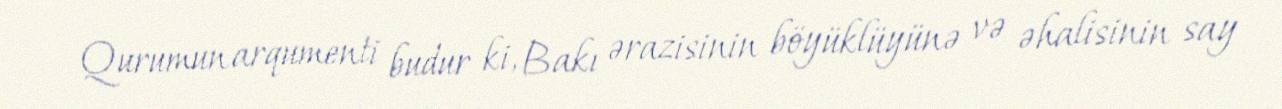
Qurumun arqumenti budur ki, Bakı ərazisinin böyüklüyünə və əhalisinin say